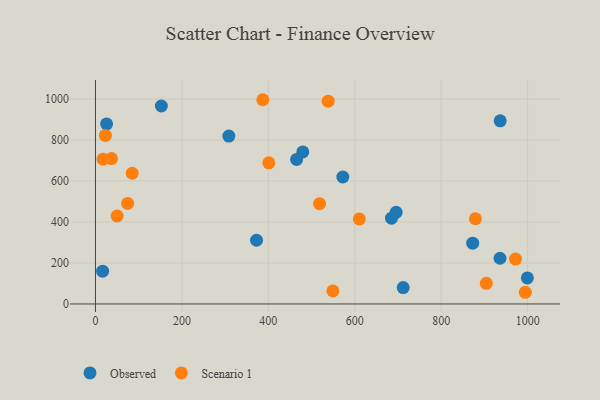
{"axis": {"x": "Study Hours", "y": "Sales"}, "legend": ["Observed", "Scenario 1"], "data": [{"x": "479.8", "y": 741.7, "type": "Observed"}, {"x": "936.1", "y": 223.1, "type": "Observed"}, {"x": "712.1", "y": 80.1, "type": "Observed"}, {"x": "465.5", "y": 705.2, "type": "Observed"}, {"x": "685.0", "y": 418.8, "type": "Observed"}, {"x": "695.7", "y": 446.9, "type": "Observed"}, {"x": "25.8", "y": 878.3, "type": "Observed"}, {"x": "936.5", "y": 893.7, "type": "Observed"}, {"x": "308.6", "y": 819.2, "type": "Observed"}, {"x": "152.5", "y": 966.1, "type": "Observed"}, {"x": "572.4", "y": 619.6, "type": "Observed"}, {"x": "16.6", "y": 160.1, "type": "Observed"}, {"x": "872.9", "y": 296.6, "type": "Observed"}, {"x": "999.4", "y": 126.8, "type": "Observed"}, {"x": "372.7", "y": 310.9, "type": "Observed"}, {"x": "994.7", "y": 57.0, "type": "Scenario 1"}, {"x": "74.4", "y": 490.5, "type": "Scenario 1"}, {"x": "904.4", "y": 100.9, "type": "Scenario 1"}, {"x": "85.1", "y": 637.9, "type": "Scenario 1"}, {"x": "37.3", "y": 709.2, "type": "Scenario 1"}, {"x": "50.1", "y": 429.3, "type": "Scenario 1"}, {"x": "17.6", "y": 706.4, "type": "Scenario 1"}, {"x": "22.9", "y": 822.5, "type": "Scenario 1"}, {"x": "879.1", "y": 415.7, "type": "Scenario 1"}, {"x": "538.5", "y": 989.4, "type": "Scenario 1"}, {"x": "610.6", "y": 415.1, "type": "Scenario 1"}, {"x": "549.4", "y": 63.5, "type": "Scenario 1"}, {"x": "972.0", "y": 219.2, "type": "Scenario 1"}, {"x": "387.3", "y": 996.6, "type": "Scenario 1"}, {"x": "518.6", "y": 489.4, "type": "Scenario 1"}, {"x": "401.2", "y": 688.7, "type": "Scenario 1"}]}